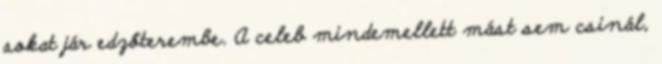
sokat jár edzőterembe. A celeb mindemellett mást sem csinál,